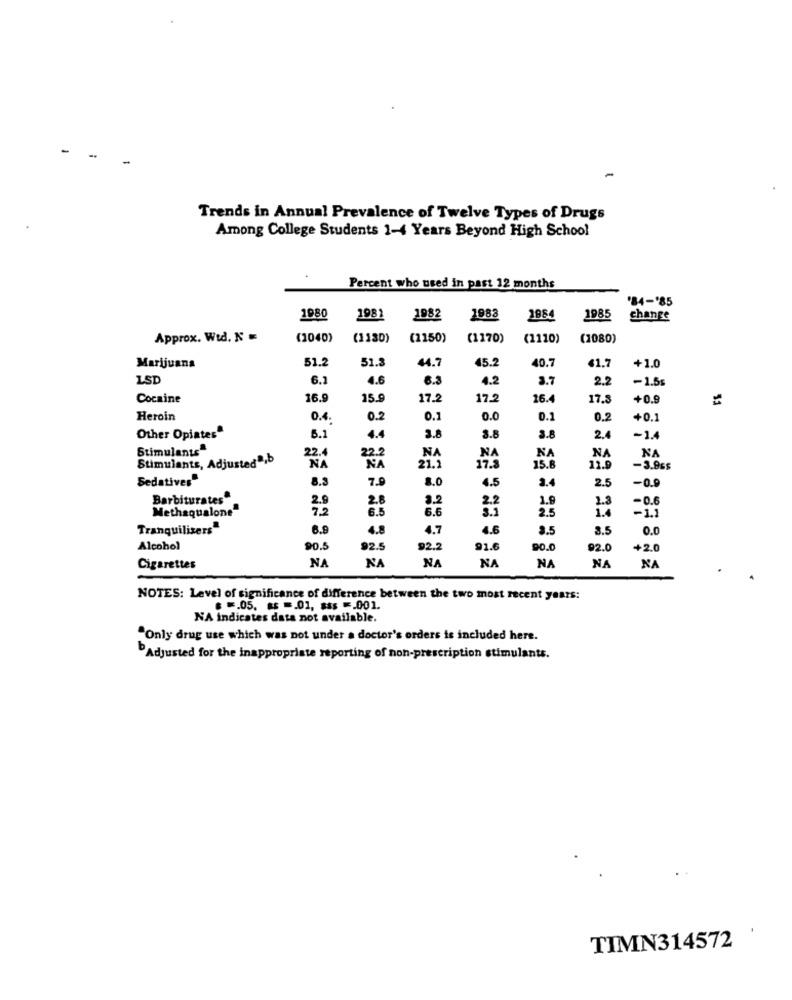
-
Trends in Annual Prevalence of Twelve Types of Drugs
Among College Students 1-4 Years Beyond High School
Percent who used in past 12 months
'84-'85
1980
1981
1982
1988
1984
1985
change
Approx. Wtd. N
(2040)
(1130)
(1150)
(1170)
(2110)
(1080)
51.2
Marijuana
51.3
44.7
45.2
40.7
$1.7
+1.0
6.2
4.6
6.3
4.2
3.7
2.2
-1.5s
Cocaine
16.
15.9
17.2
17.2
16.
17.8
+0.9
Heroin
0.4.
0.2
0.1
0.0
0.1
0.2
+0.1
Other Opiates"
6.1
4.4
3.8
3.8
3.8
2.4
-1.4
Stimulants
22.4
NA
NA
NA
Stimulants, Adjusted",b
22.2
21.2
NA
NA
NA
NA
17.3
15.6
-3.95$
Sedatives
8.3
7.9
8.0
4.5
2.4
2.5
-0.9
2.9
2.8
3.2
1.9
1.3
-0.6
Barbiturates
Methaqualone"
6.6
2.5
1.4
-1.1
Tranquilizers"
6.9
4.8
4.7
4.6
3.5
3.5
0.0
Alcohol
90.5
92.5
92.2
91.6
90.0
92.0
+2.0
NA
NA
NA
NA
Cigarettes
NA
NA
NA
NOTES: Level of significance of difference between the two most recent years:
$ =. 05. #$ =_ 01, $$$ =. 001.
NA indicates data not available.
"Only drug use which was not under a doctor's orders is included here.
"Adjusted for the inappropriate reporting of non-prescription stimulants.
TIMN314572